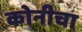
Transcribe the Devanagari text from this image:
कोनीचा